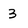
Character: 3